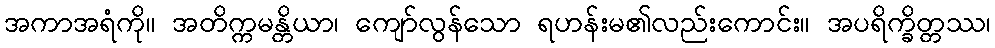
အကာအရံကို။ အတိက္ကမန္တိယာ၊ ကျော်လွန်သော ရဟန်းမ၏လည်းကောင်း။ အပရိက္ခိတ္တဿ၊